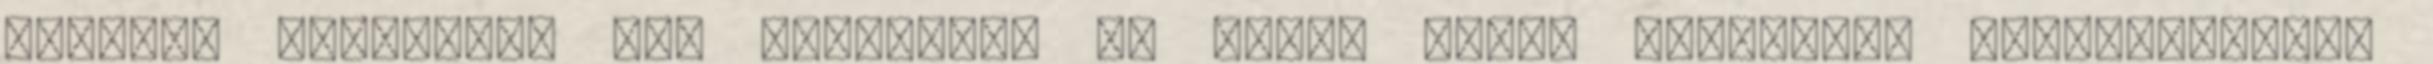
először sebészkés alá feküdtek, és azóta nincs megállás: harmincévesen